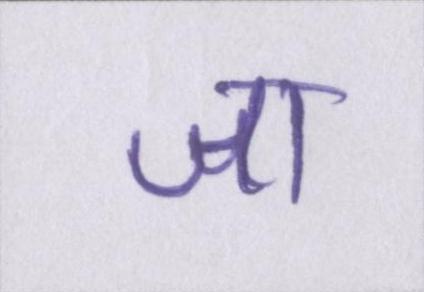
जा